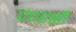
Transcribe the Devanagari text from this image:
पंचरसी